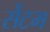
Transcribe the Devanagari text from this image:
सेंटम